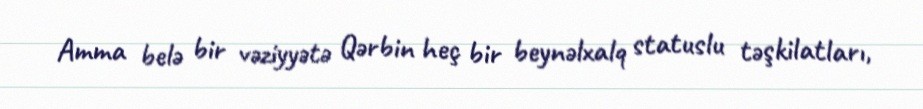
Amma belə bir vəziyyətə Qərbin heç bir beynəlxalq statuslu təşkilatları,